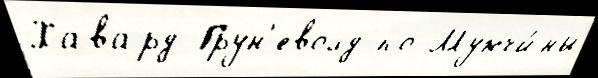
Хавард Грун'еволд по Мужчи́ны